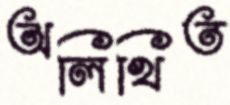
অলিখিত